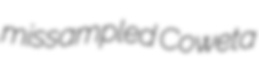
missampled Coweta